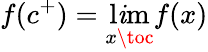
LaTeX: f(c^{+})=\operatorname*{l\mathit{i}m}_{x\toc}f(x)